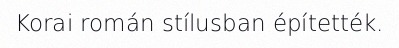
Korai román stílusban építették.